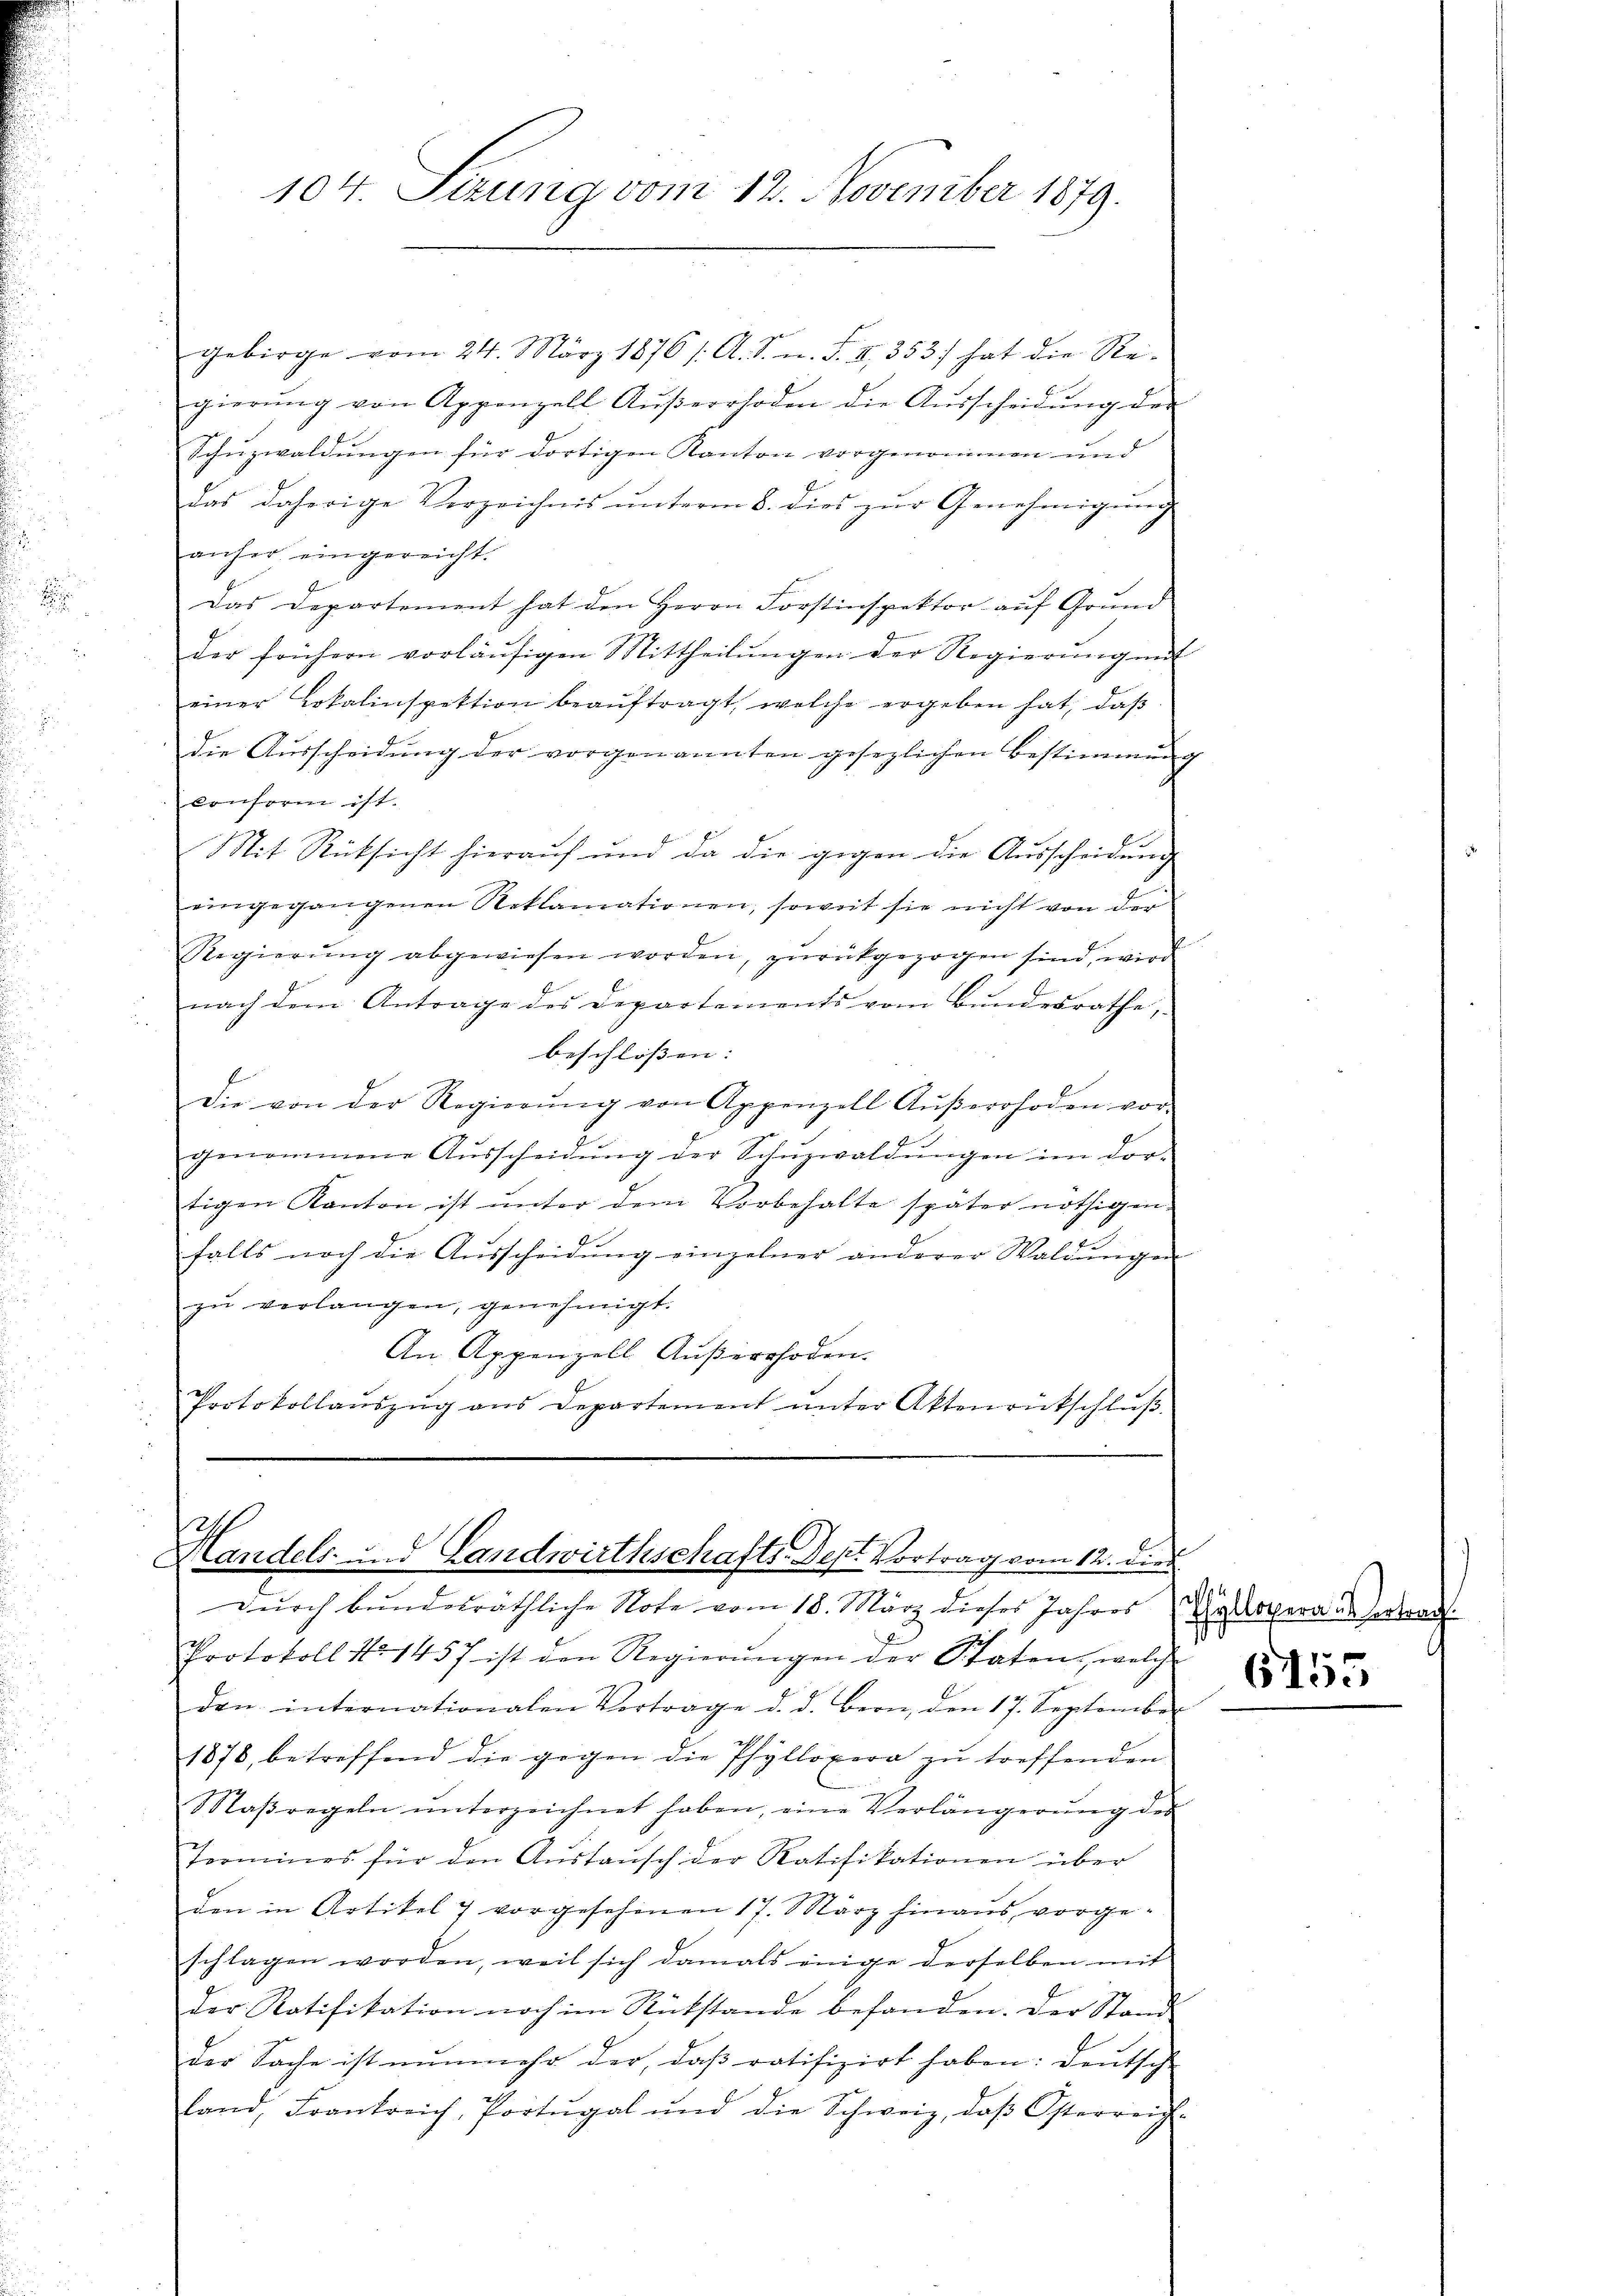
gebirge vom 24. März 1876 /: A. S. n. F. II 353) hat die Re-
gierŭng von Appenzell Aŭβerrhoden die Aŭsscheidŭng der
Schuzwaldungen für dortigen Kanton vorgenommen und
das daherige Verzeichnis ŭnterm 8. dies zŭr Genehmigŭng
anher eingereicht.
Das Departement hat den Herrn Forstinspektor auf Grund
der frühern vorläŭfigen Mittheilŭngen der Regierŭng mit
einer Lokalinspektion beaŭftragt, welche ergeben hat, daβ
die Ausscheidung der vorgenannten gesezlichen Bestimmung
conform ist.
Mit Rücksicht hieraŭf und da die gegen die Aŭsscheidŭng
eingegangenen Reklamationen, soweit sie nicht von der
Regierŭng abgewiesen worden, zŭrückgezogen sind, wird
nach dem Antrage des Departements vom Bundesrathe,
beschlossen:
Die von der Regierŭng von Appenzell Aŭβerohoden vor-
genommene Aŭsscheidŭng der Schŭzwaldŭngen im dor-
tigen Kanton ist ŭnter dem Vorbehalte später nöthigen-
falls noch die Aŭsscheidŭng einzelner anderer Waldŭngen
zŭ verlangen, genehmigt.
An Appenzell Außerrhoden.
Protokollaŭszŭg ans Departement ŭnter Aktenrückschlŭβ

104. Sizung vom 12. November 1879.

.
Handels- und Landwirthschafts-Dep. Vortrag vom 12. dies
durch bundesräthliche Note vom 18. März dieses Jahres Herberaus Vertrau

Protokoll No 1457 ist den Regierŭngen der Staten, welch
den internationalen Vortrage d. d. Bern, den 17. September
1878, betreffend die gegen die Phyllopera zŭ treffenden
Saßregeln ŭnterzeichnet haben, eine Verlängerŭng des
Tromines für den Aŭstaŭsch der Ratifikationen über
den in Artikel 7 vorgesehenen 17. März hinaus vorge-
schlagen worden, weil sich damals einge derselben mit
der Ratifikation noch im Rückstande befanden. Der Stand
der Sache ist nunmehr der, daβ ratifizirt haben: Deutsch
land, Frankreich, Portugal und die Schweiz, daβ Österreich-

6155